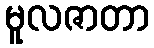
မူလဇာတာ